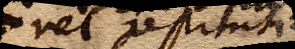
vel restituti